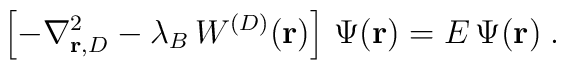
\left[ - \nabla_{{\bf r}, {D} }^2- \lambda_{B}   \,W^{({D})}({\bf r}) \right]\,  \Psi ({\bf r})=E \,  \Psi ({\bf r})\;  .